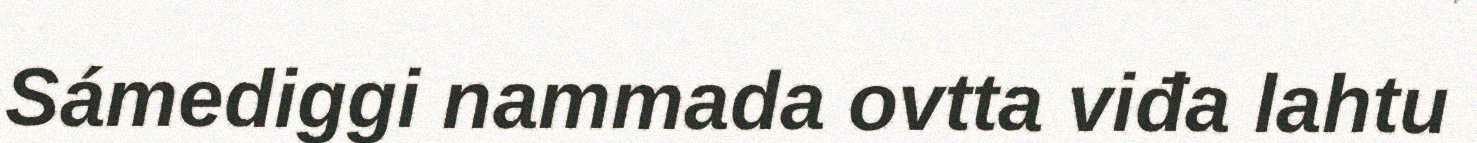
Sámediggi nammada ovtta viđa lahtu